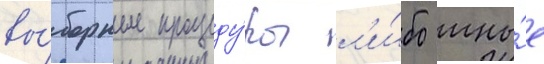
вы́борные процеду́ры л'и́бо ины́е